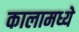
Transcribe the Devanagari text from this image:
कालामध्ये